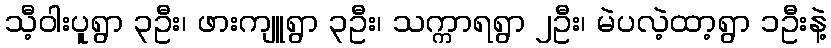
သီ့ဝါးပူရွာ ၃ဦး၊ ဖားကျူရွာ ၃ဦး၊ သက္ကာရရွာ ၂ဦး၊ မဲပလဲ့ထာ့ရွာ ၁ဦးနဲ့